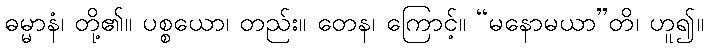
ဓမ္မာနံ၊ တို့၏။ ပစ္စယော၊ တည်း။ တေန၊ ကြောင့်။ “မနောမယာ”တိ၊ ဟူ၍။